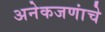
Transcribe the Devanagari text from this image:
अनेकजणांचे